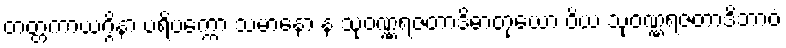
တတ္တကာယဂ္ဂိနာ ပရိပက္ကော သမာနော န သုဝဏ္ဏရဇတာဒိဓာတုယော ဝိယ သုဝဏ္ဏရဇတာဒိဘာဝံ